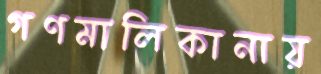
গণমালিকানায়